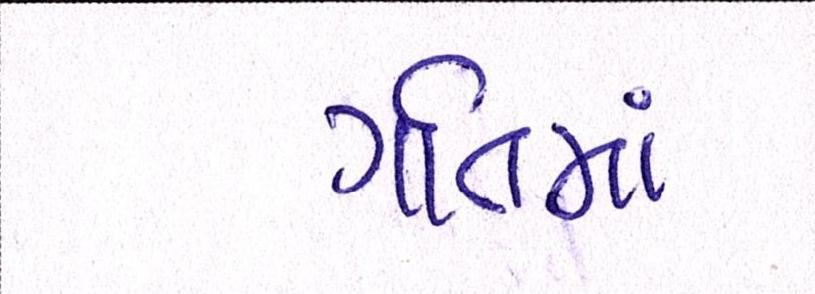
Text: ગતિમાં